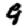
Digit: 9